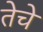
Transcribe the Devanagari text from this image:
तेचे